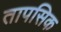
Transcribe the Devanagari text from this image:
तापसिक